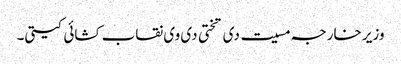
وزیر خارجہ مسیت دی تختی دی وی نقاب کشائی کیتی۔